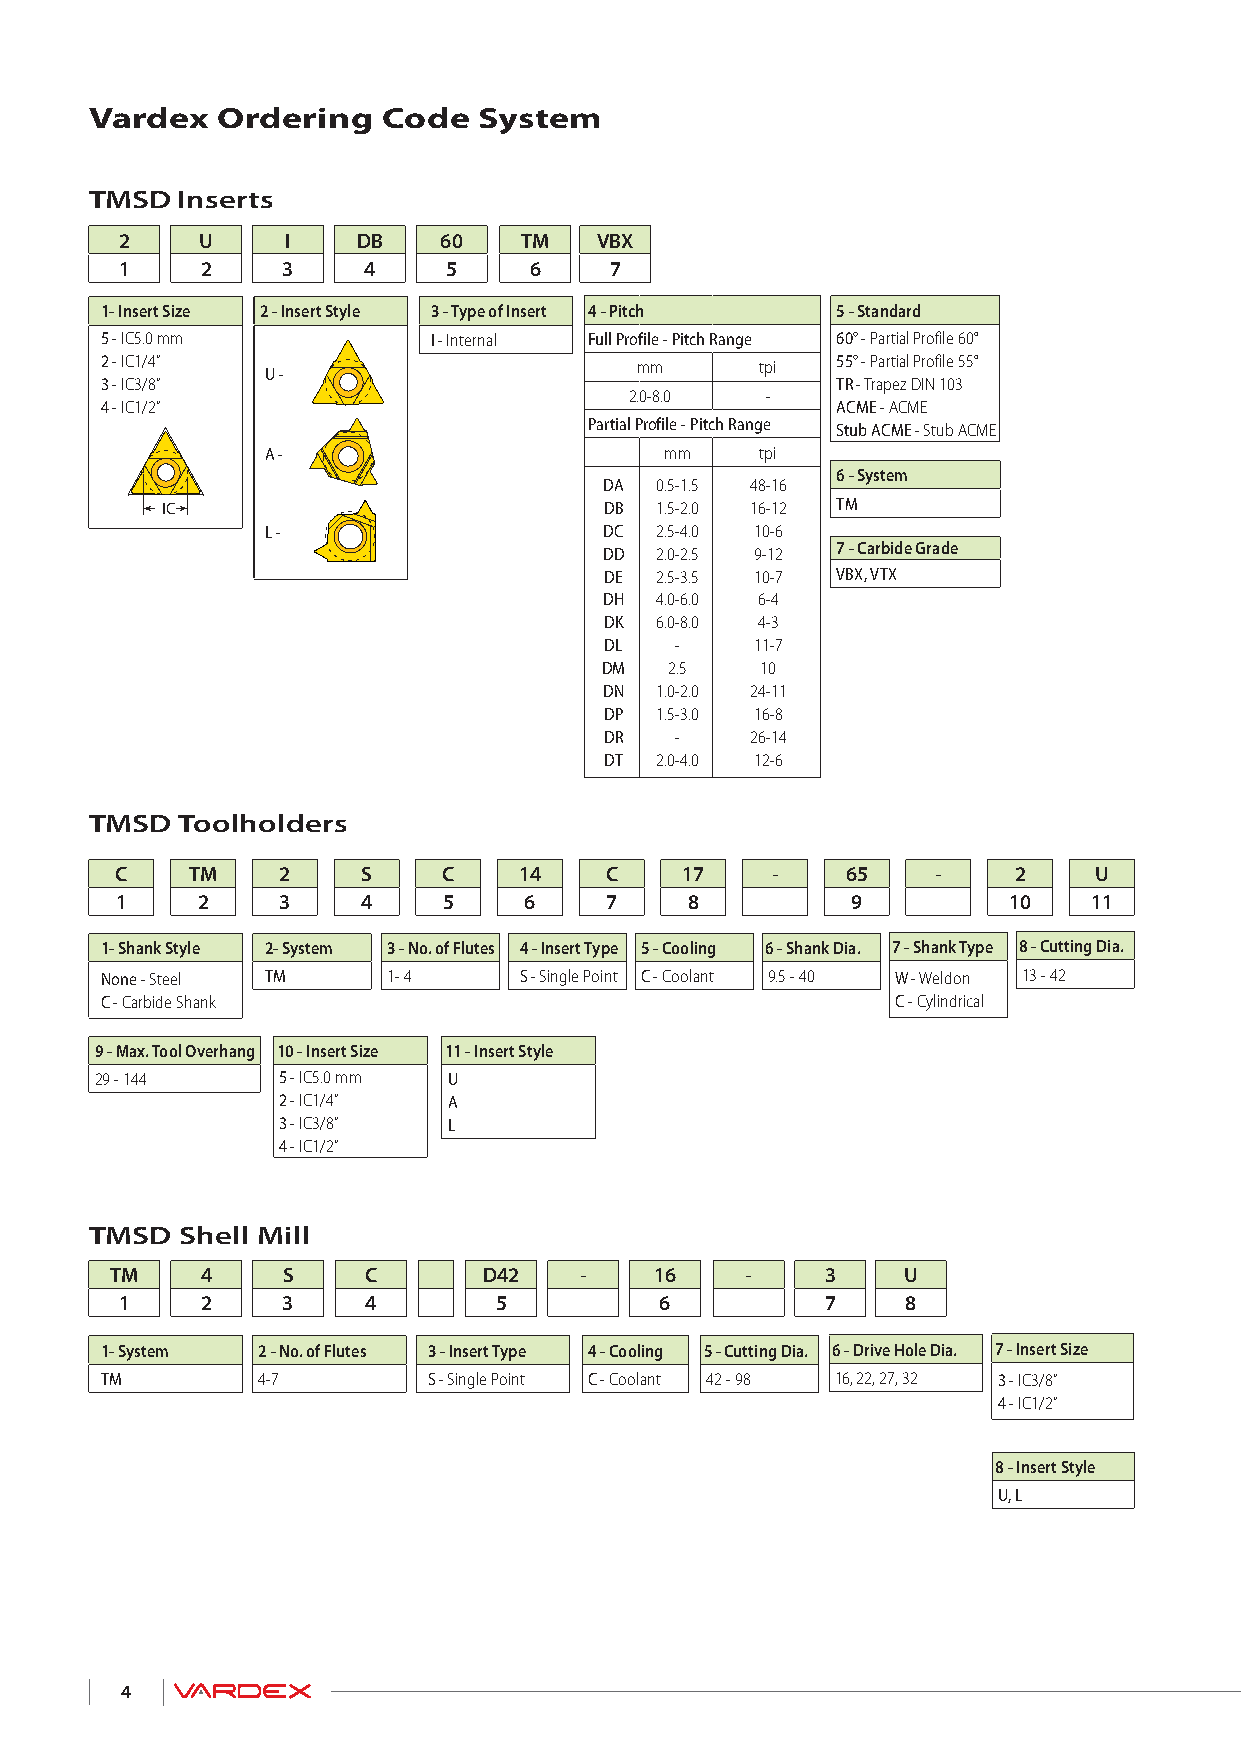
Vardex  Ordering   Code   System
 TMSD  Inserts
 2    U     I    DB   60   TM   VBX
 1    2     3    4     5    6    7
 1- Insert Size 2 - Insert Style 3 - Type of Insert 4 - Pitch 5 - Standard
 5 - IC5.0 mm          I - Internal Full Profile - Pitch Range 60° - Partial Profile 60°
 2 - IC1/4”                                      55° - Partial Profile 55°
 UU - -                  mm      tpi
 3 - IC3/8”                                      TR - Trapez DIN 103
 2.0-8.0  -
 4 - IC1/2”                                      ACME - ACME
 Partial Profile - Pitch Range Stub ACME - Stub ACME
 AA - -                    mm    tpi
 6 - System
 DA 0.5-1.5 48-16
 IC                           DB 1.5-2.0 16-12 TM
 L -                   DC 2.5-4.0 10-6
 DD 2.0-2.5 9-12 7 - Carbide Grade
 DE 2.5-3.5 10-7 VBX, VTX
 DH 4.0-6.0 6-4
 DK 6.0-8.0 4-3
 DL   -    11-7
 DM  2.5   10
 DN 1.0-2.0 24-11
 DP 1.5-3.0 16-8
 DR   -    26-14
 DT 2.0-4.0 12-6
 TMSD  Toolholders
 C    TM   2     S    C    14    C    17    -    65    -    2    U
 1    2    3     4    5     6    7     8         9          10   11
 1- Shank Style 2- System 3 - No. of Flutes 4 - Insert Type 5 - Cooling 6 - Shank Dia. 7 - Shank Type 8 - Cutting Dia.
 None - Steel TM    1- 4    S - Single Point C - Coolant 9.5 - 40 W - Weldon 13 - 42
 C - Carbide Shank                                   C - Cylindrical
 9 - Max. Tool Overhang 10 - Insert Size 11 - Insert Style
 29 - 144    5 - IC5.0 mm U
 2 - IC1/4”  A
 3 - IC3/8”  L
 4 - IC1/2”
 TMSD  Shell Mill
 TM    4     S    C       D42   -    16    -     3    U
 1    2     3    4        5          6          7    8
 1- System 2 - No. of Flutes 3 - Insert Type 4 - Cooling 5 - Cutting Dia. 6 - Drive Hole Dia. 7 - Insert Size
 TM        4-7        S - Single Point C - Coolant 42 - 98 16, 22, 27, 32 3 - IC3/8”
 4 - IC1/2”
 8 - Insert Style
 U, L
 4